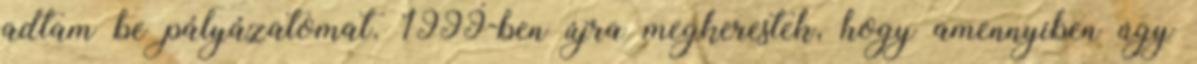
adtam be pályázatomat. 1999-ben újra megkerestek, hogy amennyiben úgy